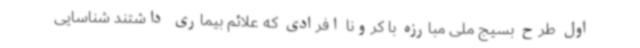
اول طرح بسیج ملی مبارزه با کرونا افرادی که علائم بیماری داشتند شناسایی